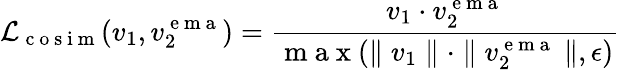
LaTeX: \mathcal{L}_{\mathrm{~c~o~s~i~m~}}(v_{1},v_{2}^{\mathrm{~e~m~a~}})=\frac{v_{1}\cdot v_{2}^{\mathrm{~e~m~a~}}}{\mathrm{~m~a~x~}(\parallel v_{1}\parallel\cdot\parallel v_{2}^{\mathrm{~e~m~a~}}\parallel,\epsilon)}